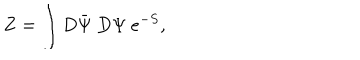
LaTeX: Z = \int D \bar { \Psi } ~ D \Psi ~ e ^ { - S } ,